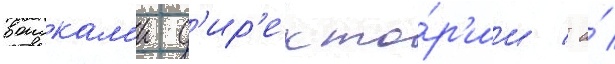
воискам'и д'ир'екто́р'ии / а́